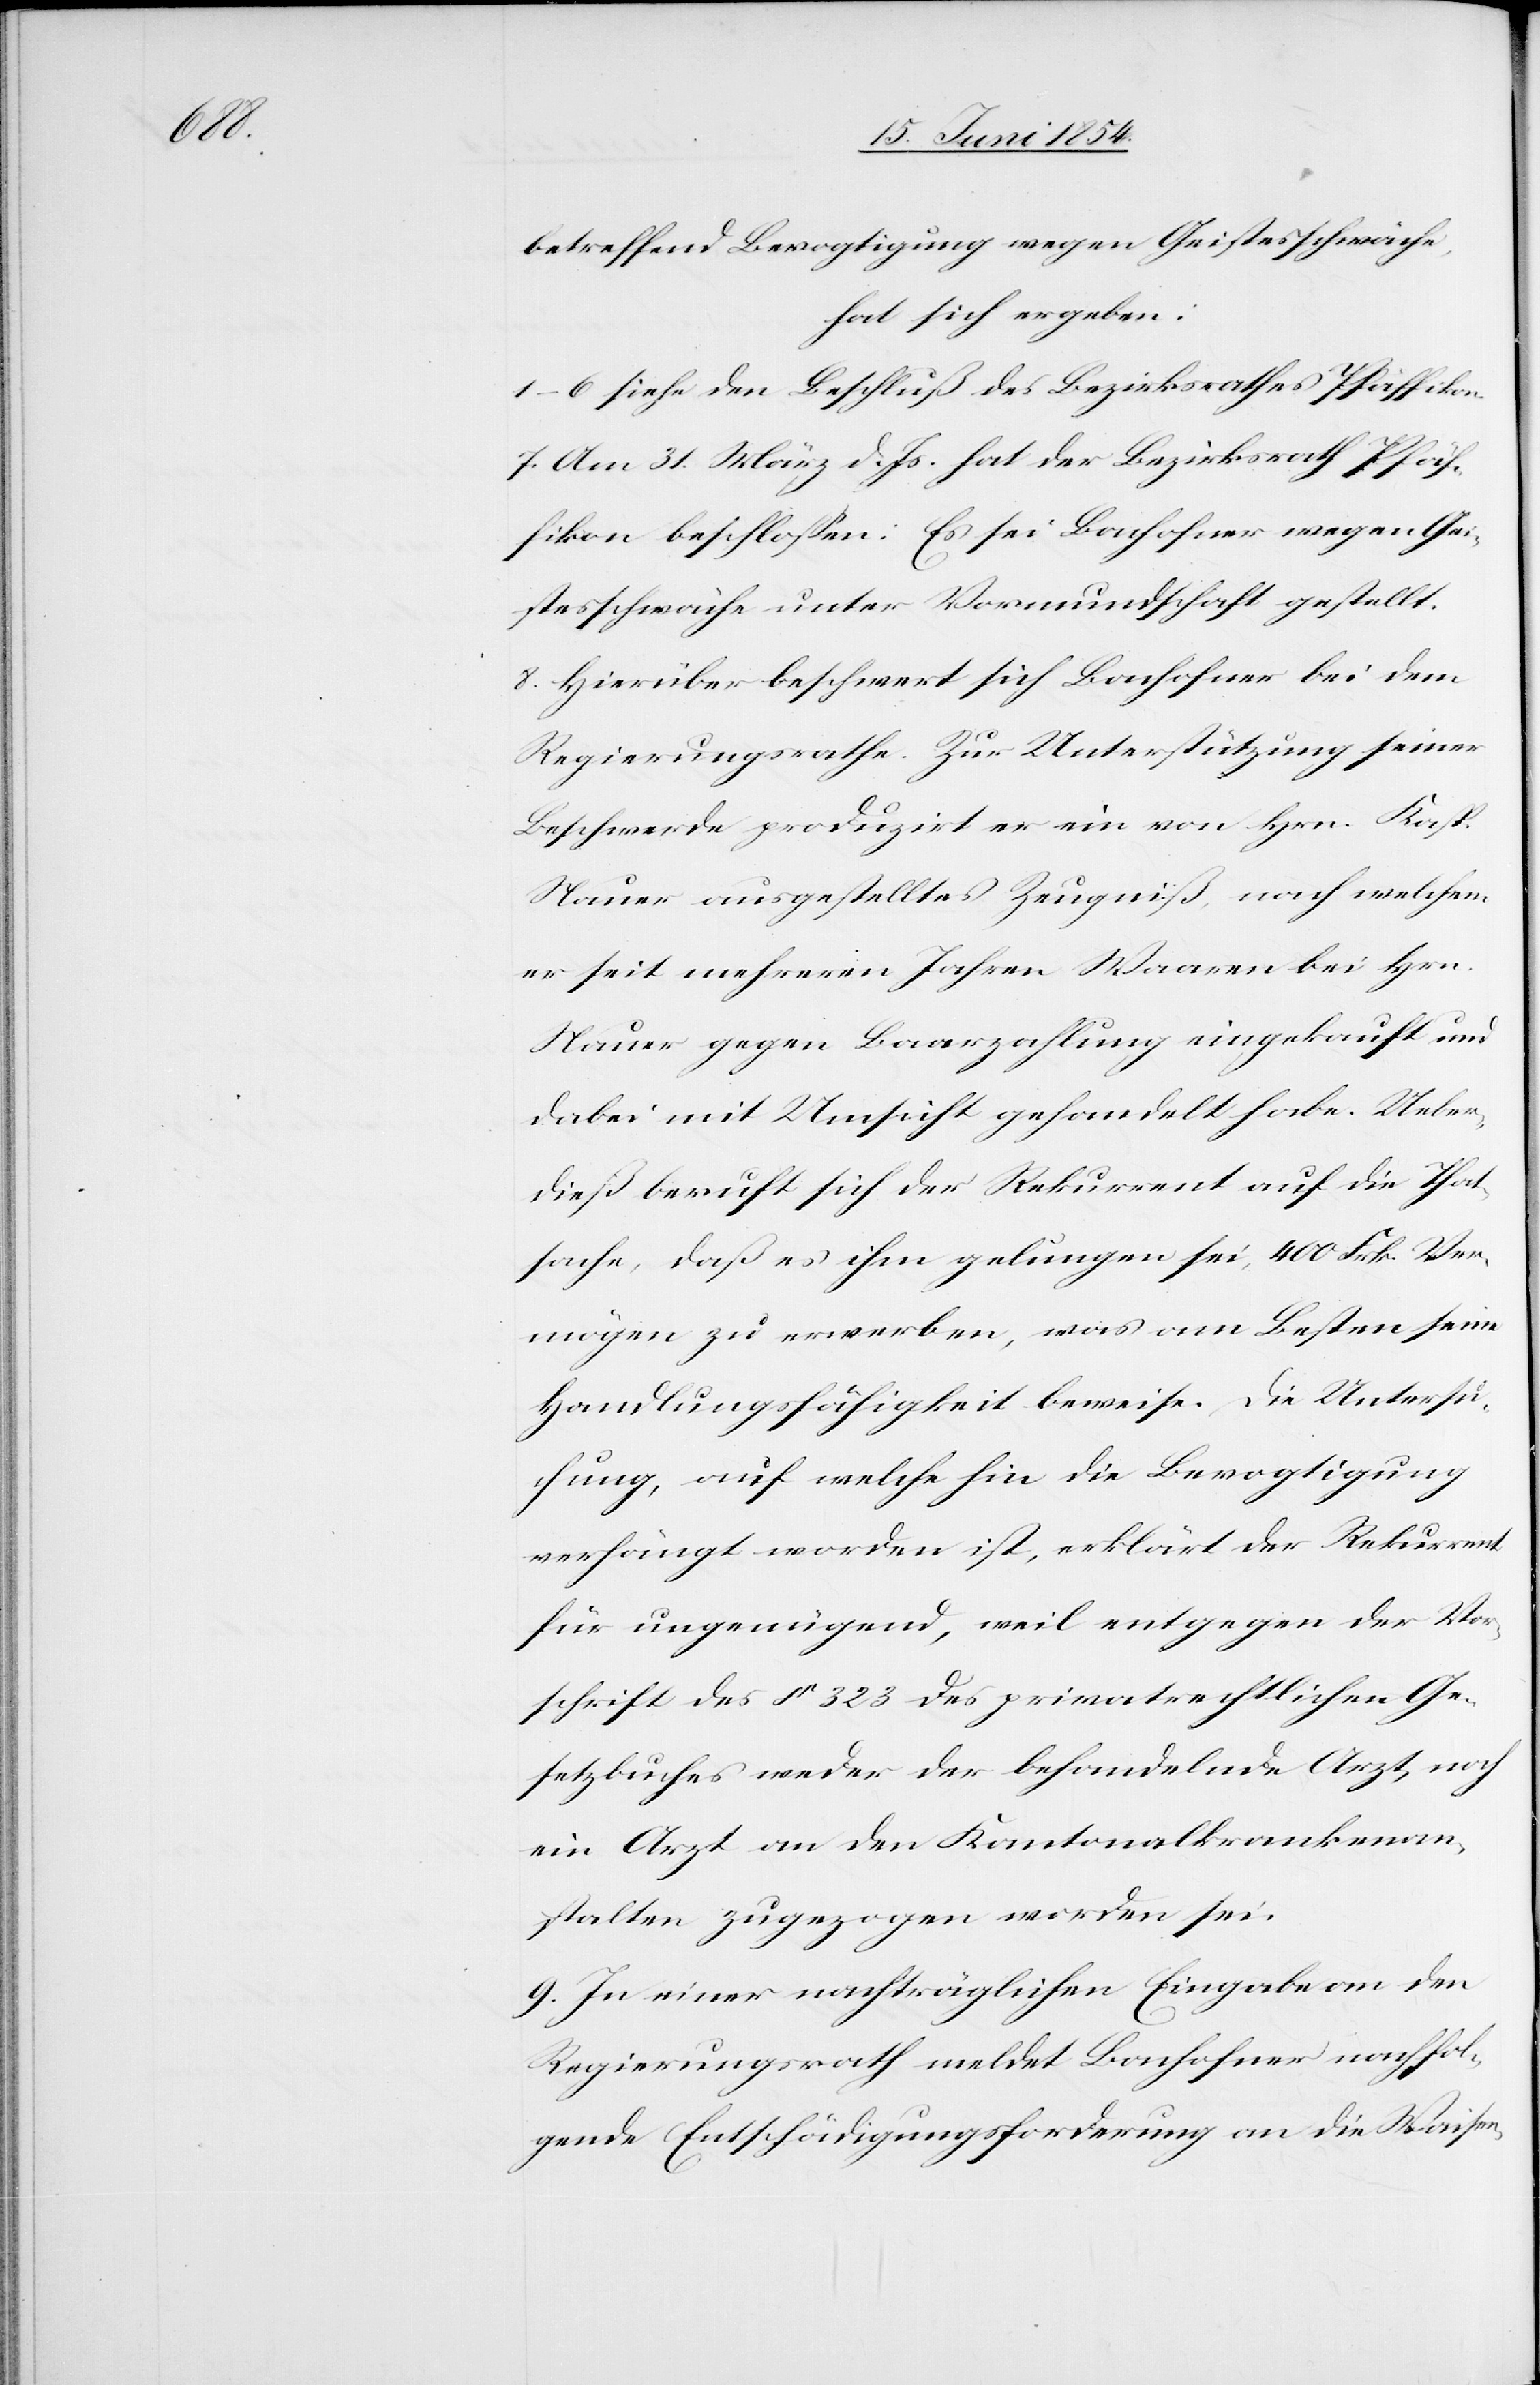
betreffend Bevogtigung wegen Geistesschwäche,
hat sich ergeben:
1–6 siehe den Beschluß des Bezirksrathes Pfäffikon.
7. Am 31. März d. Js. hat der Bezirksrath Pfäf¬
fikon beschloßen: Es sei Bachofner wegen Gei¬
stesschwäche unter Vormundschaft gestellt.
8. Hierüber beschwert sich Bachofner bei dem
Regierungsrathe. Zur Unterstützung seiner
Beschwerde produzirt er ein von Hrn. Kasp.
Nauer ausgestelltes Zeugniß, nach welchem
er seit mehreren Jahren Waaren bei Hrn.
Nauer gegen Baarzahlung eingekauft und
dabei mit Umsicht gehandelt habe. Ueber¬
dieß beruft sich der Rekurrent auf die That¬
sache, daß es ihm gelungen sei, 400 Frk. Ver¬
mögen zu erwerben, was am Besten seien
Handlungsfähigkeit beweise. Die Untersu¬
chung, auf welche hin die Bevogtigung
verhängt worden ist, erklärt der Rekurrent
für ungenügend, weil entgegen der Vor¬
schrift des § 323 des privatrechtlichen Ge¬
setzbuches weder der behandelnde Arzt, noch
ein Arzt an den Kantonalkrankenan¬
stalten zugezogen worden sei.
9. In einer nachträglichen Eingabe an den
Regierungsrath meldet Bachofner nachfol¬
gende Entschädigungsforderung an die Waisen-